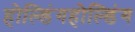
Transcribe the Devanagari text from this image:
होल्डिंगहोल्डिंग